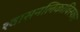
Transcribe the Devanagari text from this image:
श्वासनलिकाविस्फार